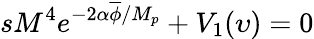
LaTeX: sM^{4}e^{-2\alpha\overline{{{\phi}}}/M_{p}}+V_{1}(\upsilon)=0